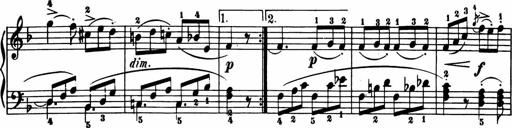
Title: 11 Sonatinas for Piano Solo
Composer: Anton Diabelli